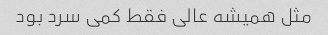
مثل همیشه عالی فقط کمی سرد بود